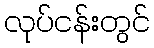
လုပ်ငန်းတွင်